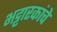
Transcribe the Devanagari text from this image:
भट्टारकांचे